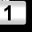
Digit: 1